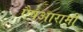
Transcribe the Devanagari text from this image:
एैषआरामी